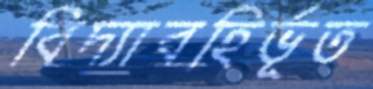
বিদ্যাবহির্ভূত